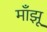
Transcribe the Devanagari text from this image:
माँझू